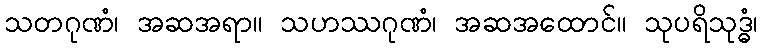
သတဂုဏံ၊ အဆအရာ။ သဟဿဂုဏံ၊ အဆအထောင်။ သုပရိသုဒ္ဓံ၊